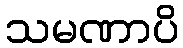
သမဏာပိ